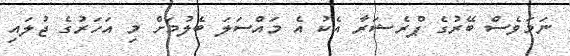
ނަމަވެސް ބޭރުގެ ޕްރެޝަރާ އެކު އެ މައްސަލަ ބެލުމަށް މި އަހަރުގެ ޖުލައި